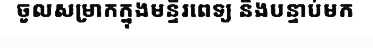
ចូលសម្រាកក្នុងមន្ទីរពេទ្យ និងបន្ទាប់មក